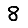
Digit: 8